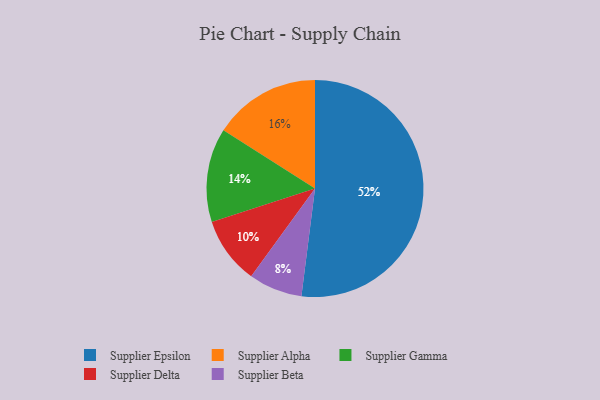
{"axis": {"x": "Category", "y": "Percentage"}, "legend": ["Supplier Alpha", "Supplier Beta", "Supplier Delta", "Supplier Epsilon", "Supplier Gamma"], "data": [{"x": "Supplier Alpha", "y": 16, "type": "Supplier Alpha"}, {"x": "Supplier Gamma", "y": 14, "type": "Supplier Gamma"}, {"x": "Supplier Delta", "y": 10, "type": "Supplier Delta"}, {"x": "Supplier Beta", "y": 8, "type": "Supplier Beta"}, {"x": "Supplier Epsilon", "y": 52, "type": "Supplier Epsilon"}]}